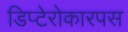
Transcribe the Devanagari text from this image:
डिप्टेरोकारपस